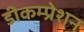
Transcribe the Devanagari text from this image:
डीकम्प्रेशन